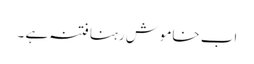
اب خاموش رہنا فتنہ ہے ۔